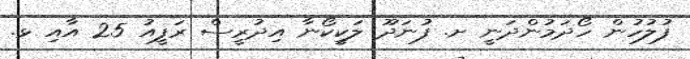
ފުލުހުން ހޯދަމުންދަނީ ށ. ފުނަދޫ ލަކީކޯނާ އިދުރީސް ރަފީއު 25 އާއި ޅ.